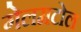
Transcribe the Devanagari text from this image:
गेलमटोल